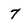
Character: 7